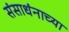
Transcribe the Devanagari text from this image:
संसाधंनाच्या